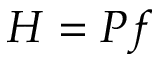
H = P f